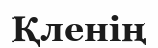
Қленің